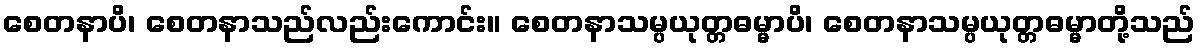
စေတနာပိ၊ စေတနာသည်လည်းကောင်း။ စေတနာသမ္ပယုတ္တဓမ္မာပိ၊ စေတနာသမ္ပယုတ္တဓမ္မာတို့သည်